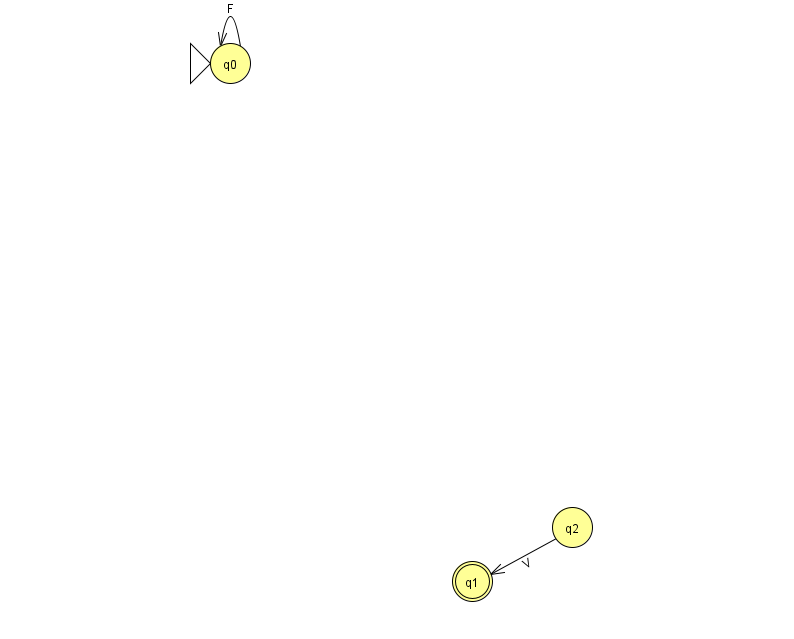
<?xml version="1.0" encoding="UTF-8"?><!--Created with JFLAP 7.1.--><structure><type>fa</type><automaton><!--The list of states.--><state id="0" name="q0"><x>230.0</x><y>50.0</y><initial/></state><state id="1" name="q1"><x>472.0</x><y>568.0</y><final/></state><state id="2" name="q2"><x>572.0</x><y>514.0</y></state><!--The list of transitions.--><transition><from>0</from><to>0</to><read>F</read></transition><transition><from>2</from><to>1</to><read>V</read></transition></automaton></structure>